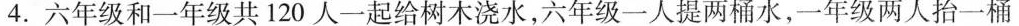
4.六年级和一年级共120人一起给树木浇水，六年级一人提两桶水，一年级两人抬一桶